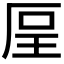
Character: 𠩥